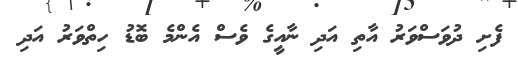
ފެށި ދުވަސްވަރު އާތި އަދި ނާއީގެ ވެސް އެންމެ ބޮޑު ހިތްވަރު އަދި